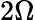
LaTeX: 2\Omega